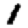
Digit: 1